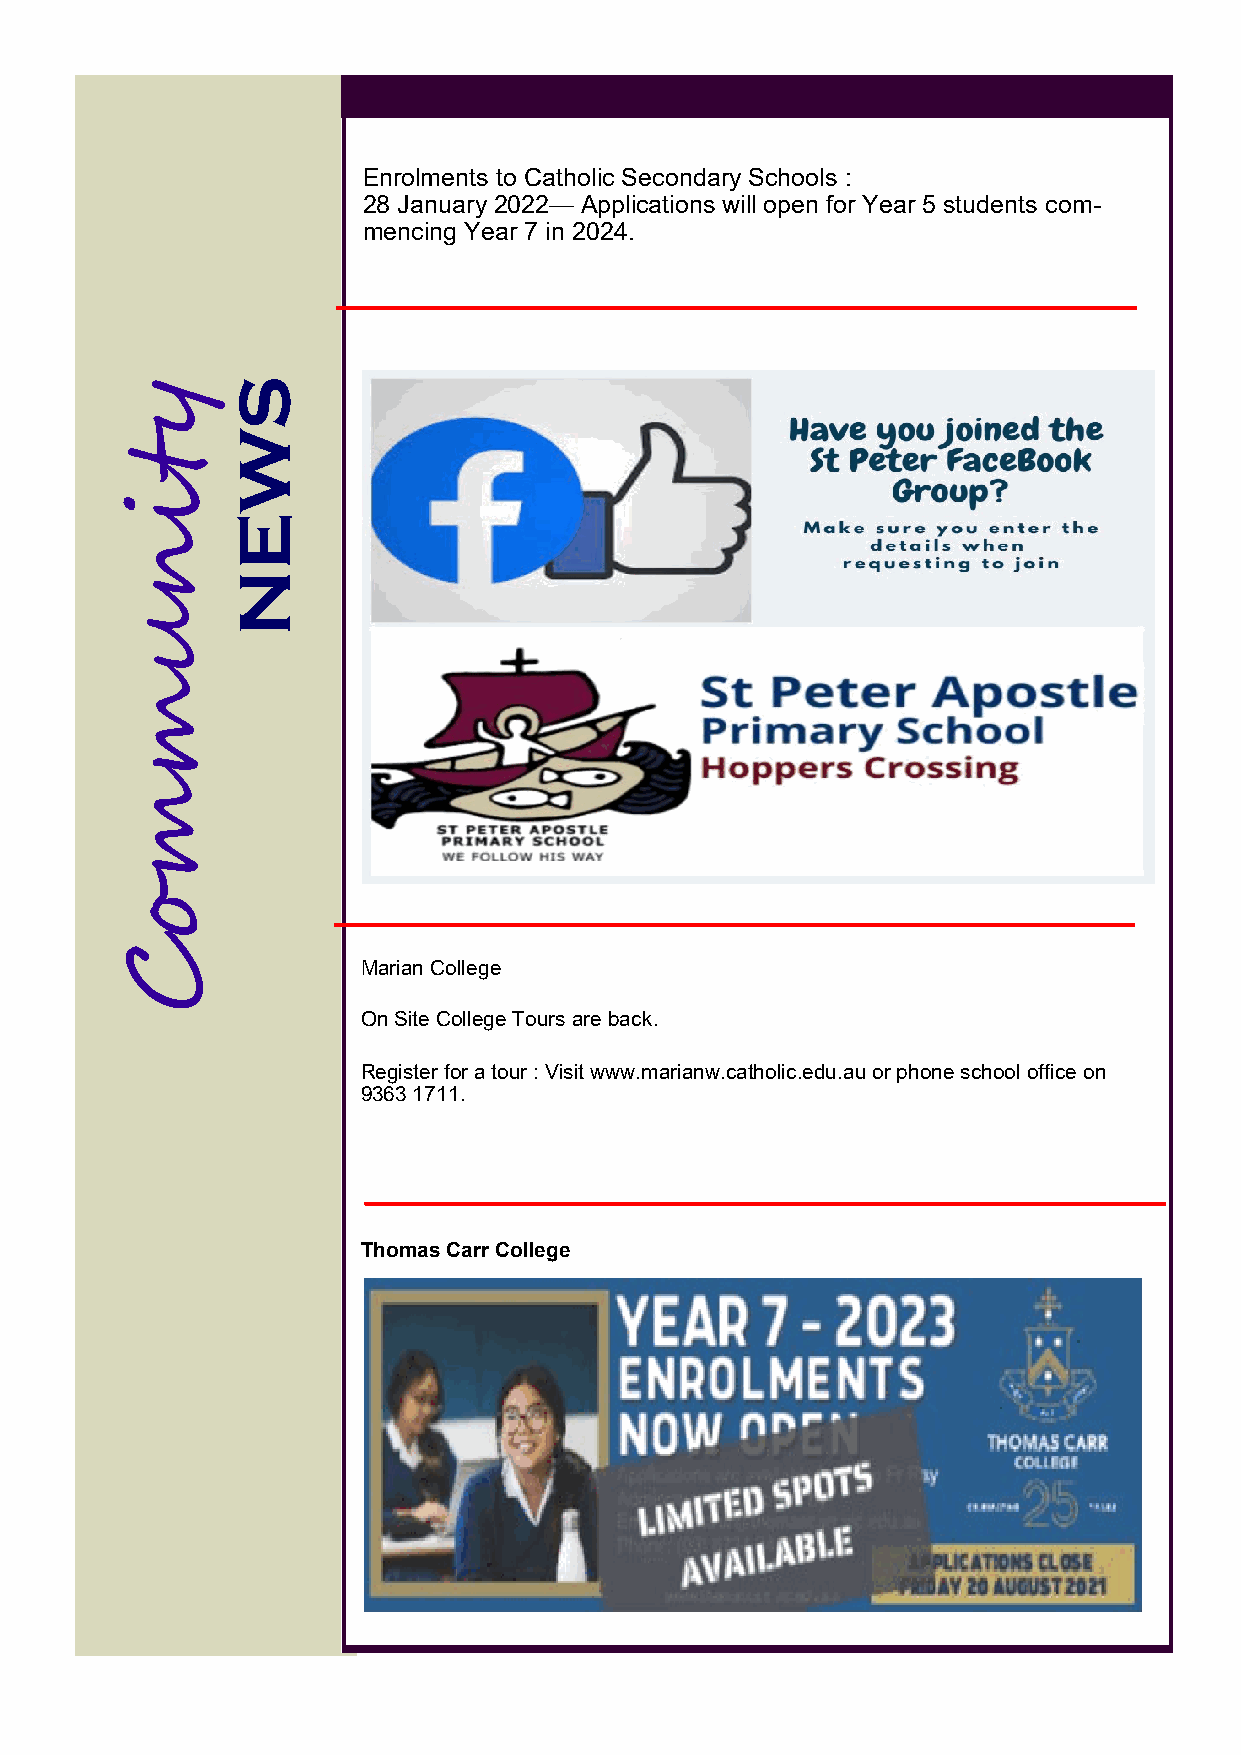
Enrolments to Catholic Secondary Schools :
 28 January 2022— Applications will open for Year 5 students com-
 mencing Year 7 in 2024.
 yS
 W
 t
 i
 E
 n
 N
 u
 m
 m
 o
 C
 Marian College
 On Site College Tours are back.
 Register for a tour : Visit www.marianw.catholic.edu.au or phone school office on
 9363 1711.
 Thomas Carr College